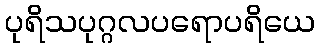
ပုရိသပုဂ္ဂလပရောပရိယေ